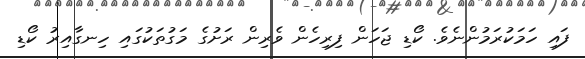
ފައި ހަމަކުރަމުންނެވެ. ކޯޑި ޖަހަން ފިރިހެން ވެރިން ރަށުގެ މަގުތަކުގައި ހިނގާއިރު ކޯޑި